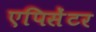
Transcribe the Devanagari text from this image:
एपिसेंटर